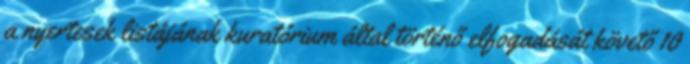
a nyertesek listájának kuratórium által történő elfogadását követő 10